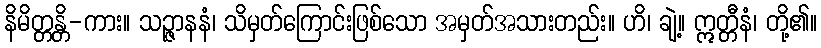
နိမိတ္တန္တိ-ကား။ သဉ္ဇာနနံ၊ သိမှတ်ကြောင်းဖြစ်သော အမှတ်အသားတည်း။ ဟိ၊ ချဲ့။ ဣတ္တီနံ၊ တို့၏။